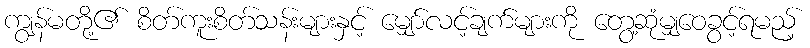
ကျွန်မတို့၏ စိတ်ကူးစိတ်သန်းများနှင့် မျှော်လင့်ချက်များကို တွေ့ဆုံမျှဝေခွင့်ရမည့်